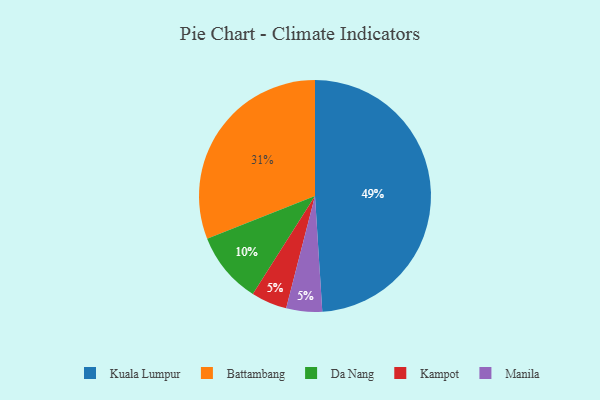
{"axis": {"x": "Category", "y": "Percentage"}, "legend": ["Battambang", "Da Nang", "Kampot", "Kuala Lumpur", "Manila"], "data": [{"x": "Kampot", "y": 5, "type": "Kampot"}, {"x": "Da Nang", "y": 10, "type": "Da Nang"}, {"x": "Manila", "y": 5, "type": "Manila"}, {"x": "Battambang", "y": 31, "type": "Battambang"}, {"x": "Kuala Lumpur", "y": 49, "type": "Kuala Lumpur"}]}